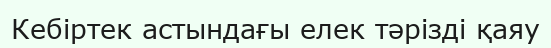
Кебіртек астындағы елек тәрізді қаяу